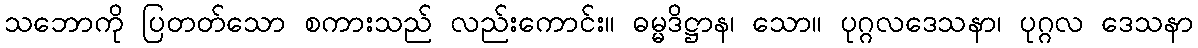
သဘောကို ပြတတ်သော စကားသည် လည်းကောင်း။ ဓမ္မဒိဋ္ဌာန၊ သော။ ပုဂ္ဂလဒေသနာ၊ ပုဂ္ဂလ ဒေသနာ